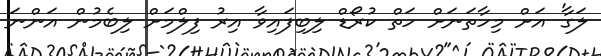
ލަގާ' އަށް މިހާތަނަށް ހަތް ކުރޯޑް ލިބިފައިވާ އިރު ފިލްމަށް ލިބެމުން އަންނަ